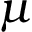
\mu